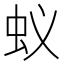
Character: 蚁